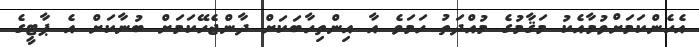
އެހެންކަމަށްވުމާއެކު މަޤާމުގެ މުއްދަތު ހަމަވެ އާ އިންތިހާބަކަށް ދާންޖެހޭކަމަށް ބުނާކަށް އެ ޕާޓީގެ